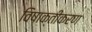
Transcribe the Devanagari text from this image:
विषाक्तीकरण